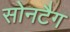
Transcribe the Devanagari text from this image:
सोनटैग